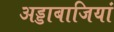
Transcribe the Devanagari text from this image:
अड्डाबाजियां